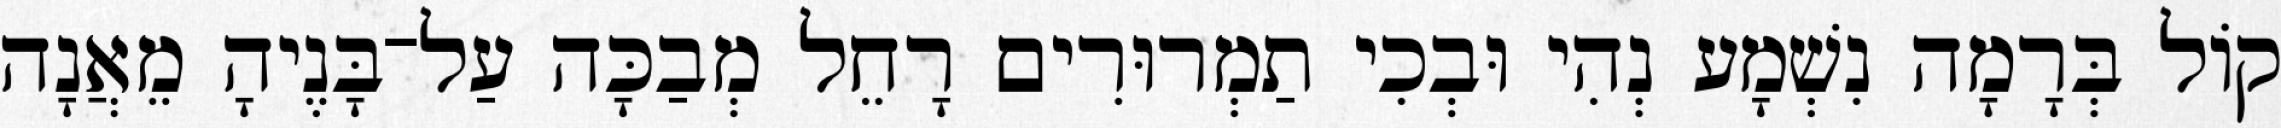
קוֹל בְּרָמָה נִשְׁמָע נְהִי וּבְכִי תַמְרוּרִים רָחֵל מְבַכָּה עַל־בָּנֶיהָ מֵאֲנָה